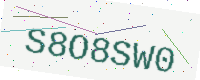
Text: S8O8SW0